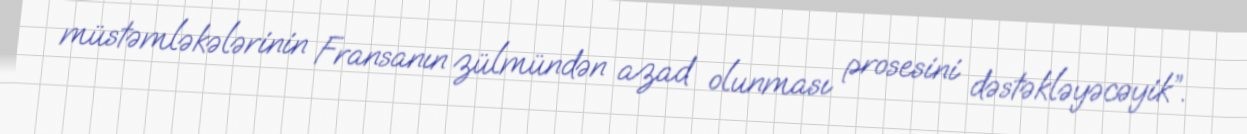
müstəmləkələrinin Fransanın zülmündən azad olunması prosesini dəstəkləyəcəyik”.